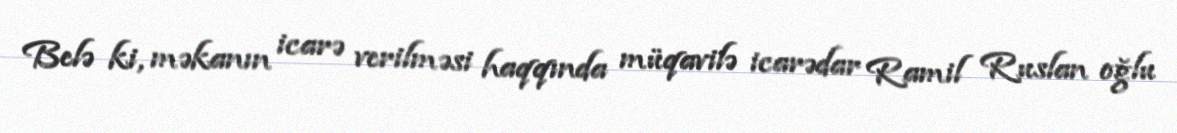
Belə ki, məkanın icarə verilməsi haqqında müqavilə icarədar Ramil Ruslan oğlu